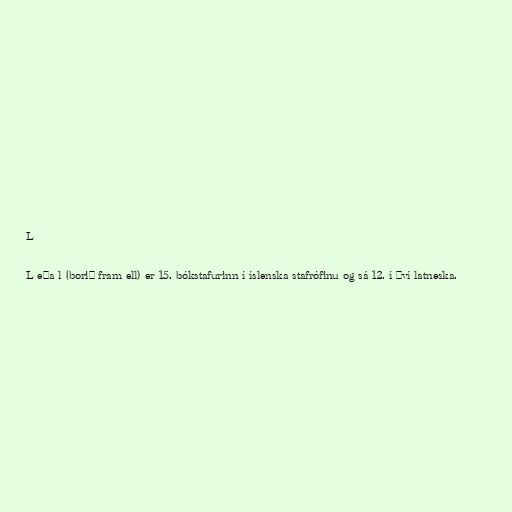
L

L eða l (borið fram ell) er 15. bókstafurinn í íslenska stafrófinu og sá 12. í því latneska.